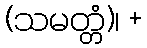
(သမတ္တံ)၊ +